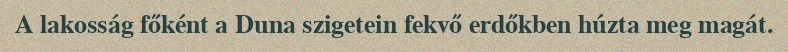
A lakosság főként a Duna szigetein fekvő erdőkben húzta meg magát.